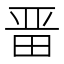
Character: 𭻍